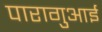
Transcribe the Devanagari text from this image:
पारागुआई